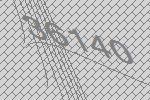
36140